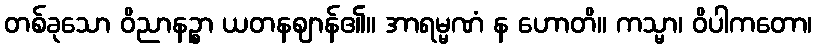
တစ်ခုသော ဝိညာနဉ္စာ ယတနဈာန်၏။ အာရမ္မဏံ န ဟောတိ။ ကသ္မာ၊ ဝိပါကတော၊